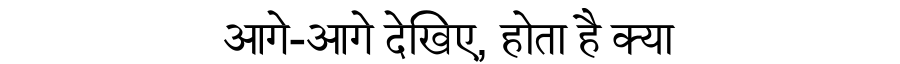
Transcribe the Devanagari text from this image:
आगे-आगे देखिए, होता है क्या